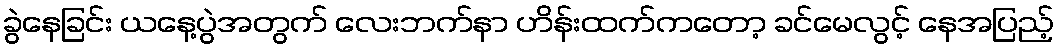
ခွဲနေခြင်း ယနေ့ပွဲအတွက် လေးဘက်နာ ဟိန်းထက်ကတော့ ခင်မေလွင့် နေအပြည့်